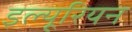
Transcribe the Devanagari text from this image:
इल्यूरियन